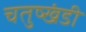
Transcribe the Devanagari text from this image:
चतुष्खंडी